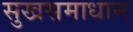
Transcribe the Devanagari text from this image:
सुखसमाधान